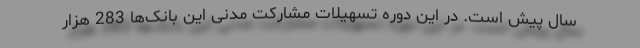
سال پیش است. در این دوره تسهیلات مشارکت مدنی این بانک‌ها 283 هزار